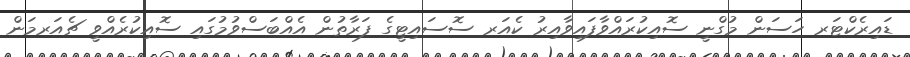
ޑައިރެކްޓަރ ހަސަން މުގްނީ ސޮއިކުރައްވާފައިވާއިރު ކެއަރ ސޮސައިޓީގެ ފަރާތުން އެއްބަސްވުމުގައި ސޮއިކުރެއްވީ ޗެއަރމަން